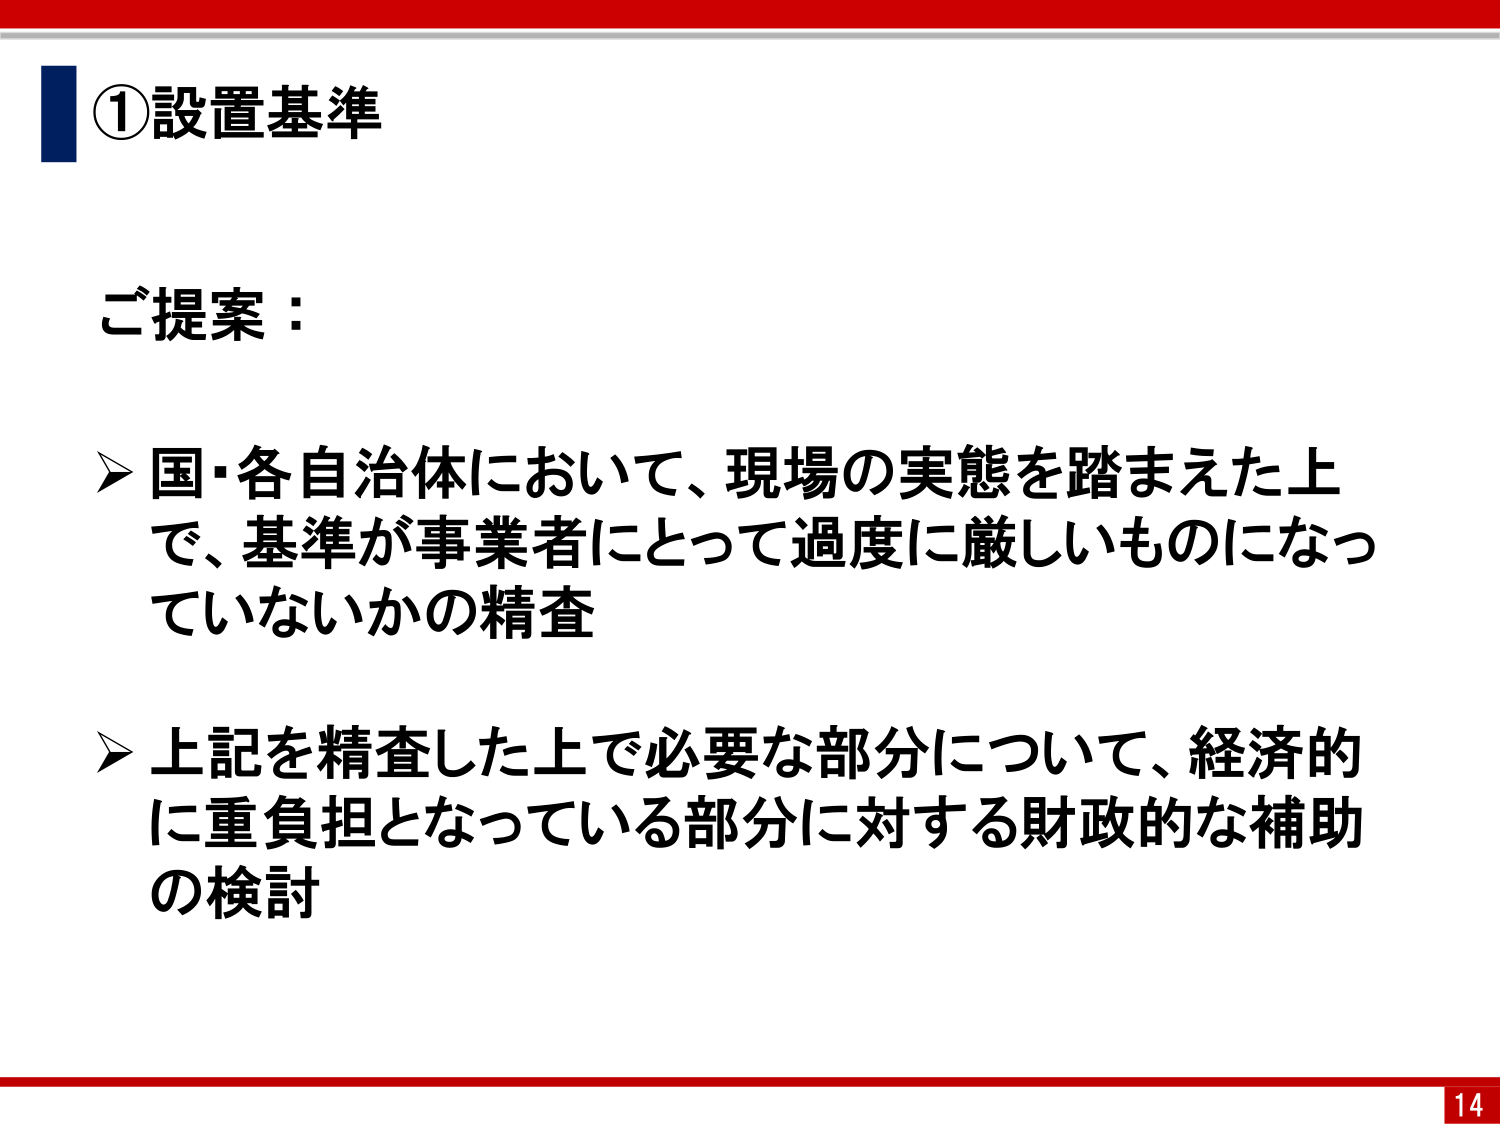
①設置基準

ご提案：

➤ 国・各自治体において、現場の実態を踏まえた上で、基準が事業者にとって過度に厳しいものになっていないかの精査

➤ 上記を精査した上で必要な部分について、経済的に重負担となっている部分に対する財政的な補助の検討

14